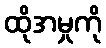
ထိုအမှုကို